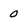
Character: 0